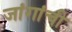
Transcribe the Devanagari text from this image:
जांगांची